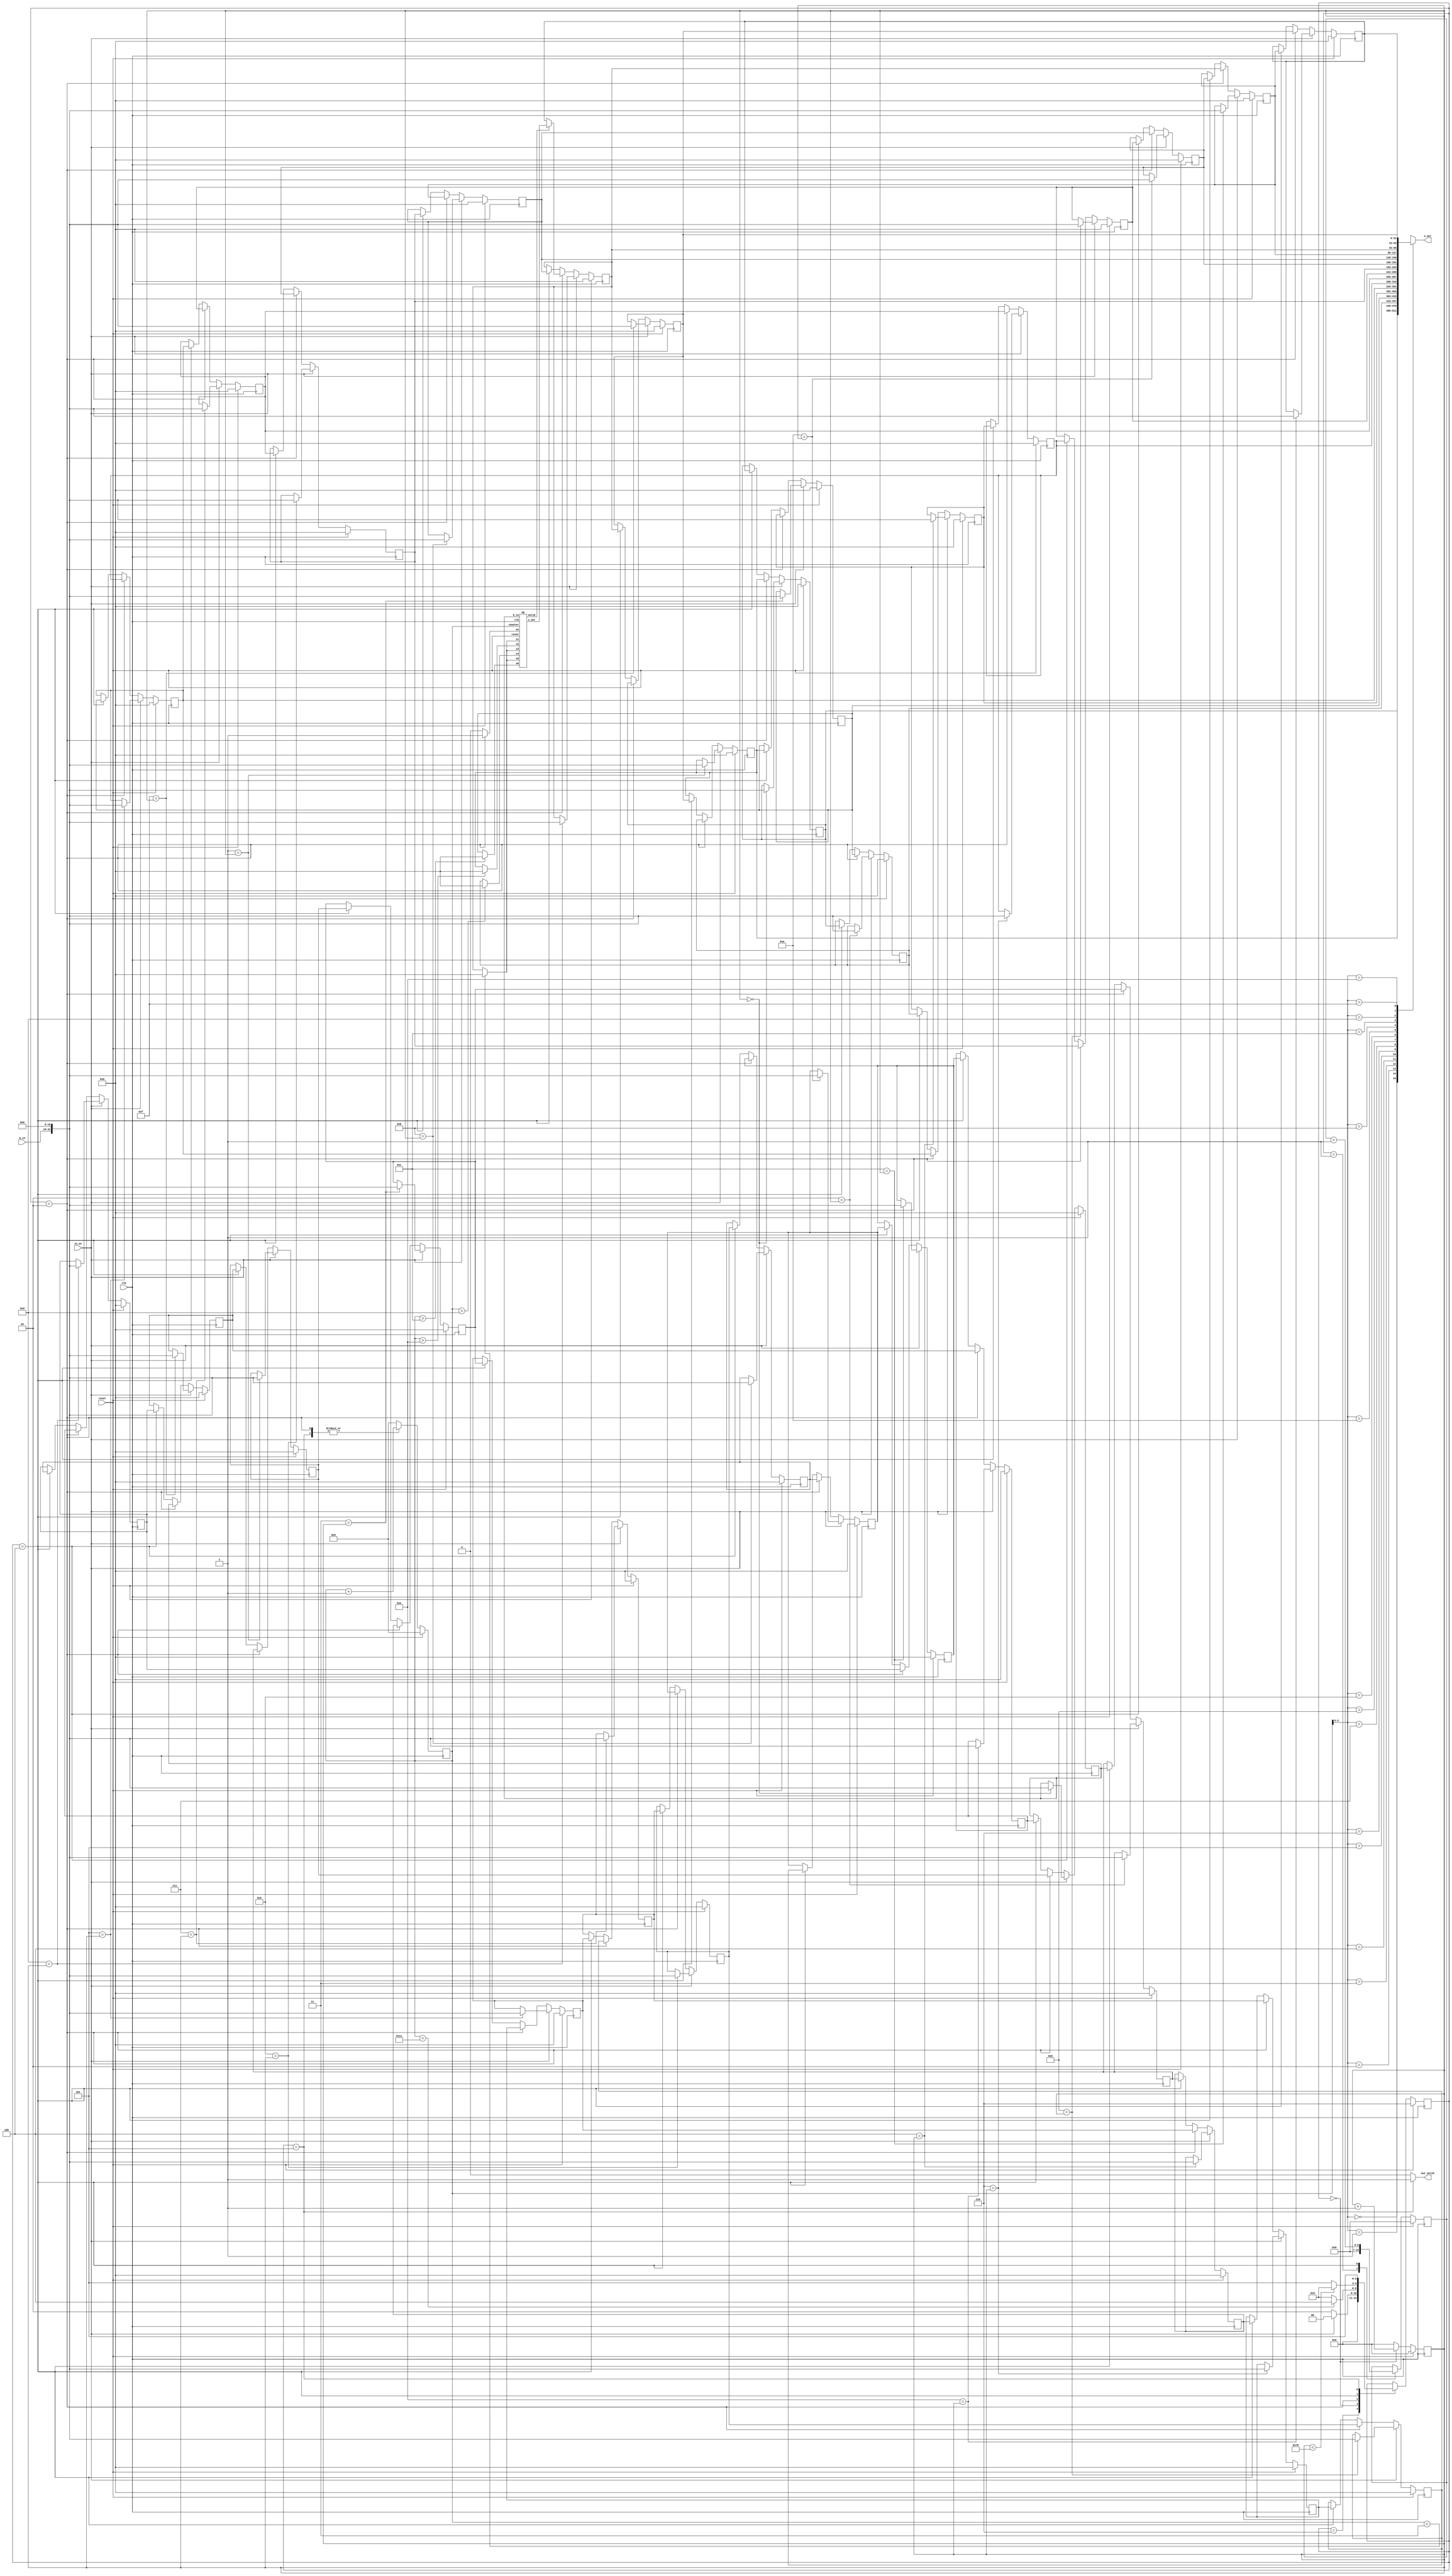
`timescale 1ns/10ps
module GSIM ( clk, reset, in_en, b_in, out_valid, x_out);
input   clk ;
input   reset ;
input   in_en;
output  out_valid;
input signed  [15:0]  b_in;
output  [31:0]  x_out;


parameter ITERATION  = 120;

parameter state_INPUT = 3'd0;
parameter state_INIT  = 3'd1;
parameter state_PE    = 3'd2;
parameter state_UPDATE= 3'd3;
parameter state_XDONE = 3'd4;
parameter state_OUTPUT= 3'd5;
parameter state_IDLE  = 3'd6;

//--------------------------------------
// reg/net declaration
//--------------------------------------
reg [2:0] state, nxt_state;
reg signed [31:0] x     [0:15];
reg signed [31:0] nxt_x [0:15];
reg [4:0] counter, nxt_counter;
integer i;
reg signed [31:0] b     [0:15];
reg signed [31:0] nxt_b [0:15];
reg [3:0] b_addr, nxt_b_addr;
reg [6:0] iter, nxt_iter;
wire signed [31:0] x_result;
wire PE_valid, PE_en;

//--------------------------------------
// Finite State Machine
//--------------------------------------
always @(*) begin
    case (state)
        state_IDLE  : nxt_state = state_INPUT;
        state_INPUT : nxt_state = (in_en) ? state_INPUT: state_PE;
        state_PE    : nxt_state = (counter == 5'd17)? state_XDONE: state_PE;
        state_XDONE : nxt_state = (iter < ITERATION)? state_PE: state_OUTPUT;
        state_OUTPUT: nxt_state = state_OUTPUT;
        default     : nxt_state = state;
    endcase
end
always @(posedge clk) begin
    if(reset)
        state <= state_IDLE;
    else
        state <= nxt_state;
end
//--------------------------------------
// Input b values
//--------------------------------------
always @(*) begin
    case (state)
        state_INPUT: nxt_b_addr = b_addr+1; 
        default: nxt_b_addr = 0;
    endcase
end
always @(posedge clk) begin
    if (reset) begin
        b_addr <= 0;
    end
    else begin
        b_addr <= nxt_b_addr;
    end
end

always @(*) begin
    if (in_en) begin
        for (i = 0;i < 16 ; i = i +1) begin
                nxt_b[i] = (i == b_addr)? {b_in, 16'b0}: b[i];
        end
    end
    else if (state == state_PE)begin
            nxt_b[15] = b[0];
            for (i = 0;i < 15 ; i = i +1) begin
                nxt_b[i] = b[i+1];
            end
    end
    else if (state == state_XDONE)begin
            nxt_b[0] = b[14];
            nxt_b[1] = b[15];
            for (i = 2; i < 16 ; i = i +1) begin
                nxt_b[i] = b[i-2];
            end
    end
    else begin
        for (i = 0;i < 16 ; i = i +1) begin
            nxt_b[i] = b[i];
        end
    end
end
always @(posedge clk) begin
    if (reset) begin
        for (i = 0;i < 16 ; i = i +1) begin
            b[i] <= 0;
        end
    end
    else begin
        for (i = 0;i < 16 ; i = i +1) begin
            b[i] <= nxt_b[i];
        end
    end
end
//--------------------------------------
// initialize & update x values
//--------------------------------------
always @(*) begin
    if (in_en) begin
        for (i = 0;i < 16 ; i = i +1) begin
            nxt_x[i] = (i == b_addr)? {b_in, 16'b0}: x[i];
        end
    end
    else if (state == state_PE)begin
            nxt_x[15] = x[0];
            for (i = 0;i < 15 ; i = i +1) begin
                nxt_x[i] = x[i+1];
            end
            nxt_x[13] = (PE_valid)? x_result: x[14];
    end
    else if (state == state_XDONE)begin
            nxt_x[0] = x[14];
            nxt_x[1] = x[15];
            for (i = 2; i < 16 ; i = i +1) begin
                nxt_x[i] = x[i-2];
            end
    end
    else begin
        for (i = 0;i < 16 ; i = i +1) begin
            nxt_x[i] = x[i];
        end
    end
end
always @(posedge clk) begin
    // $display("%d", iter);
    if (reset) begin
        for (i =0 ; i < 16; i = i + 1) begin
            x[i] <= 0;
        end
    end
    else begin
        for (i =0 ; i < 16; i = i + 1) begin
            x[i] <= nxt_x[i];
        end
    end
end
//--------------------------------------
// Address of x
//--------------------------------------
always @(*) begin
    case (state) 
        state_PE: nxt_counter = counter + 1;
        state_OUTPUT: nxt_counter = counter + 1;
        default: nxt_counter = 0;
    endcase
end
always @(posedge clk) begin
    if (reset) begin
        counter <= 0;
    end
    else begin
        counter <= nxt_counter;
    end
end
//--------------------------------------
// Processing x values
//--------------------------------------
wire signed [31:0] x1, x2, x3, x4, x5, x6;
//--------------------------------------
assign x1 = (counter < 5'd3 ) ? 32'b0: x[13];
assign x2 = (counter > 5'd14) ? 32'b0: x[ 1];
assign x3 = (counter < 5'd3)  ? 32'b0: x[13];
assign x4 = (counter > 5'd13) ? 32'b0: x[ 2];
assign x5 = (counter <  5'd3) ? 32'b0: x[13];
assign x6 = (counter > 5'd12) ? 32'b0: x[ 3];
assign PE_en = (state == state_PE)? 1'b1: 1'b0;
// initial begin
//     $monitor("%d : x1 = %.10f, x2 = %.10f, x3 = %.10f, x4 = %.10f, x5 = %.10f, x6 = %.10f, b = %.10f\n",$time, x1/65536, x2/65536, x3/65536, x4/65536, x5/65536, x6/65536, b[0]/65536);
// end
PE PE0( .clk(clk),
        .en(PE_en),
        .reset(reset),
        .x1(x1), .x2(x2), .x3(x3), .x4(x4), .x5(x5), .x6(x6),
        .b_in(b[0]),
        .x_out(x_result),
        .valid(PE_valid),
        .counter(counter)
);
//--------------------------------------
// iterate counter
//--------------------------------------
always @(*) begin
    case (state)
        state_INIT: begin
            nxt_iter = 0;
        end
        state_XDONE: begin // increase iteration counter
            nxt_iter = iter + 1;
        end
        default: nxt_iter = iter;
    endcase
end
always @(posedge clk) begin
    if (reset) begin
        iter <= 0;
    end
    else begin
        iter <= nxt_iter;
    end
end
//--------------------------------------
// output x values
//--------------------------------------
assign x_out = x[counter];
assign out_valid = (state == state_OUTPUT)? 1'b1: 1'b0;
endmodule

//--------------------------------------
// Processing Element
//--------------------------------------
module PE ( clk, reset, en, x1, x2, x3, x4, x5, x6, b_in, x_out, valid, counter);
    input clk, reset, en;
    input signed [31:0] x1, x2, x3, x4, x5, x6;
    input signed [31:0] b_in;
    input [4:0] counter;
    output signed [31:0] x_out;
    output valid;
    //--------------------------------------
    // reg/net declaration
    //--------------------------------------
    // reg [4:0] counter, nxt_counter;
    wire signed [35:0] mul13_1;
    wire signed [34:0] mul6_1;
    // wire signed [32:0] add_1;
    wire signed [36:0] add_2;
    wire signed [33:0] add_3;
    wire signed [34:0] mul6_2;
    wire signed [35:0] mul13_2;
    wire signed [39:0] add_6;
    wire signed [31:0] nxt_divide_20;

    reg signed [37:0] add_4, nxt_add_4;
    reg signed [38:0] add_5, nxt_add_5;
    reg signed [31:0] divide_20;
    //--------------------------------------
    assign x_out = nxt_divide_20;
    assign valid = (counter >= 2)? 1'b1: 1'b0;

    assign mul13_1   = {x2[31], x2, 3'b0} + {{2{x2[31]}}, x2, 2'b0}+ {{4{x2[31]}}, x2};
    assign mul6_1    = {x4[31], x4, 2'b0} + {{2{x4[31]}}, x4, 1'b0};
    assign add_2     = mul13_1 - mul6_1;
    assign add_3     = x6 + b_in + x5;
    assign mul6_2    = {x3[31], x3, 2'b0} + {{2{x3[31]}}, x3, 1'b0};
    assign mul13_2   = {x1[31], x1, 3'b0} + {{2{x1[31]}}, x1, 2'b0}+ {{4{x1[31]}}, x1};
    assign add_6     = add_5 + mul13_2;

    divide_by20 div17(.in_div(add_6), .res(nxt_divide_20));
    //--------------------------------------
    // counter
    //--------------------------------------
    always @(*) begin
        nxt_add_4 = add_2 + add_3;
        nxt_add_5 = add_4 - mul6_2;
    end
    always @(posedge clk) begin
            add_4 <= nxt_add_4;
            add_5 <= nxt_add_5;
            divide_20 <= nxt_divide_20;
    end
endmodule

// module divide_by20(in_div, res);
//     input signed [36:0] in_div;
//     output signed [31:0] res;
//     parameter ACCU = 43;
//     wire [ACCU : 0] tmp;
//     wire [ACCU - 37:0] res_tmp1;
//     wire [4:0] res_tmp2;
//     assign tmp = in_div << (ACCU - 36); 
//     assign {res_tmp2, res, res_tmp1} =  {{ 5{tmp[ACCU]}}, tmp[ACCU: 5]}+  {{ 6{tmp[ACCU]}}, tmp[ACCU: 6]}+  {{ 9{tmp[ACCU]}}, tmp[ACCU: 9]}+ 
//                                         {{10{tmp[ACCU]}}, tmp[ACCU:10]}+  {{13{tmp[ACCU]}}, tmp[ACCU:13]}+  {{14{tmp[ACCU]}}, tmp[ACCU:14]}+
//                                         {{17{tmp[ACCU]}}, tmp[ACCU:17]}+  {{18{tmp[ACCU]}}, tmp[ACCU:18]}+  {{21{tmp[ACCU]}}, tmp[ACCU:21]}+
//                                         {{22{tmp[ACCU]}}, tmp[ACCU:22]}+  {{25{tmp[ACCU]}}, tmp[ACCU:25]}+  {{26{tmp[ACCU]}}, tmp[ACCU:26]}+
//                                         {{29{tmp[ACCU]}}, tmp[ACCU:29]}+  {{30{tmp[ACCU]}}, tmp[ACCU:30]}+  {{33{tmp[ACCU]}}, tmp[ACCU:33]}+
//                                         {{34{tmp[ACCU]}}, tmp[ACCU:34]};
// endmodule
//0.0000110011001100110011001100110011
module divide_by20 (in_div, res);
    input signed [39:0] in_div;
    output signed [31:0] res;
    wire signed [32:0] zero_05;
    wire signed [72:0] tmp;
    assign zero_05 = 33'b000011001100110011001100110011001; //This is 0.05 in fixed point
    assign tmp = in_div * zero_05;
    assign res = tmp[64:33];
endmodule